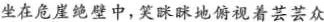
坐在危崖绝壁中，笑眯眯地俯视着芸芸众